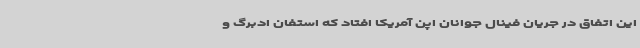
این اتفاق در جریان فینال جوانان اپن آمریکا افتاد که استفان ادبرگ و